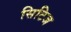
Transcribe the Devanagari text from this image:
सिटिज